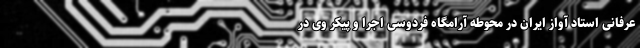
عرفانی استاد آواز ایران در محوطه آرامگاه فردوسی اجرا و پیکر وی در